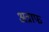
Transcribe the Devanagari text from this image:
अत्राफ